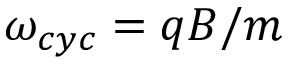
\omega _ { c y c } = q B / m